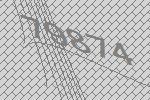
79874